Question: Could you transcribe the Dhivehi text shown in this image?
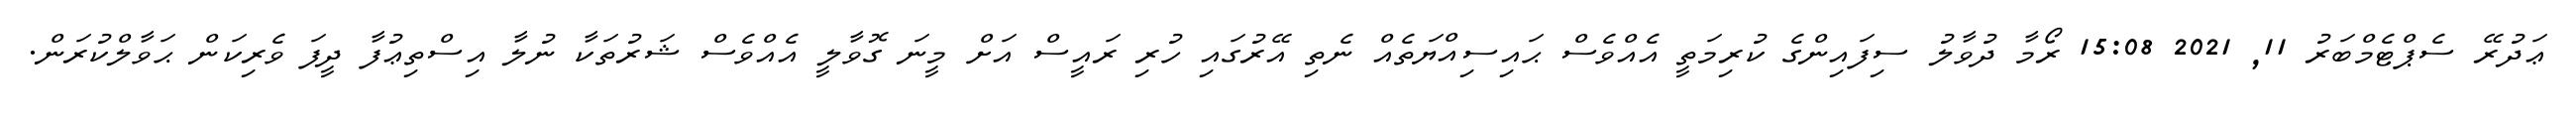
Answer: ޢަދުރޭ ސެޕްޓެމްބަރު 11, 2021 15:08 ރޯމާ ދުވާލު ސިފައިންގެ ކުރިމަތީ އެއްވެސް ޙައިސިއްޔަތެއް ނެތި އޭރުގައި ހުރި ރައީސް އަށް މީނަ ގޮވާލީ އެއްވެސް ޝަރުތަކާ ނުލާ އިސްތިޢުފާ ދީފަ ވެރިކަން ޙަވާލްކުރަން.